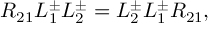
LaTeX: { \cal R } _ { 2 1 } L _ { 1 } ^ { \pm } L _ { 2 } ^ { \pm } = L _ { 2 } ^ { \pm } L _ { 1 } ^ { \pm } { \cal R } _ { 2 1 } ,